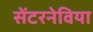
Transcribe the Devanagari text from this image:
सेंटरनेविया